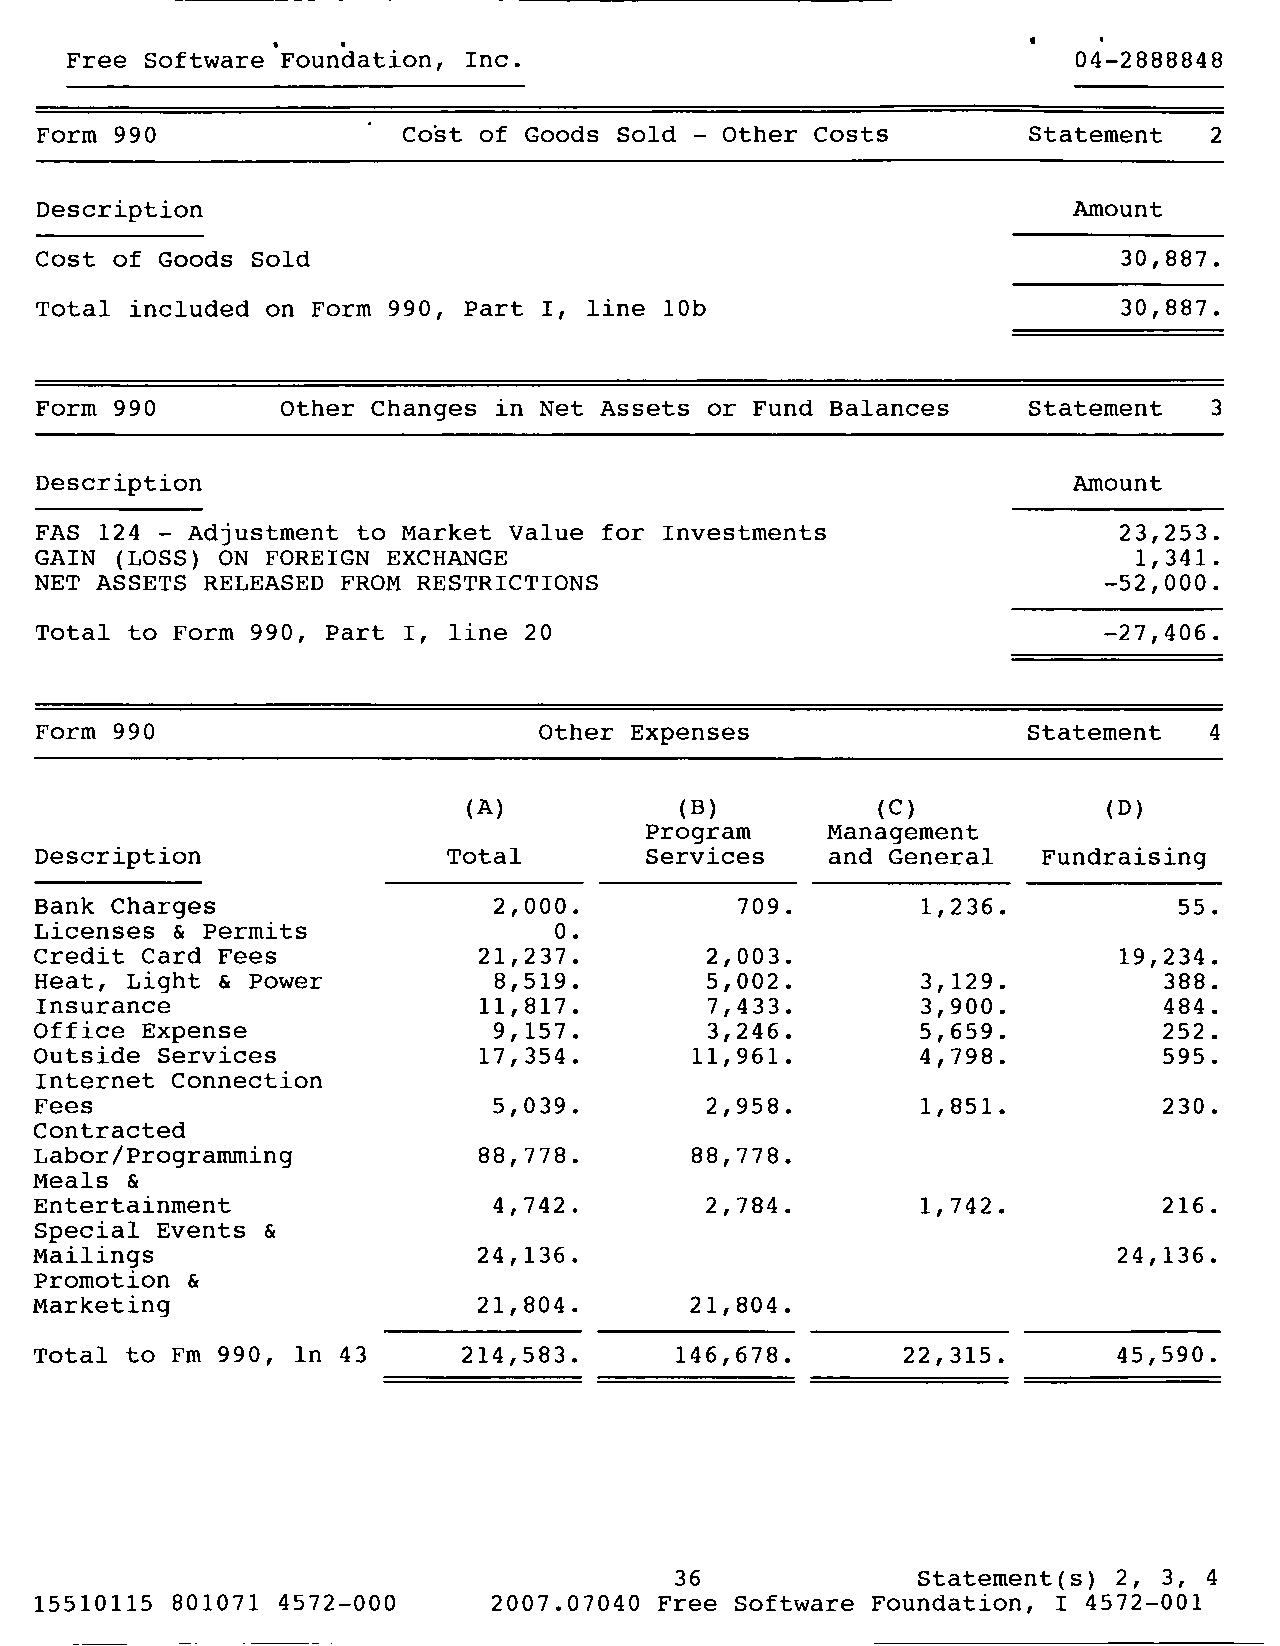
Free  Software Foundation, Inc.                                    04-2888848
 Form  990                Cost of Goods Sold - Other Costs         Statement   2
 Description                                                          Amount
 Cost  of Goods Sold                                                     30,887.
 Total  included on Form 990, Part I, line 10b                           30,887.
 Form  990        Other Changes in Net Assets or Fund Balances     Statement   3
 Description                                                          Amount
 FAS  124 - Adjustment to Market Value for Investments                   23,253.
 GAIN  (LOSS) ON FOREIGN EXCHANGE                                         1,341.
 NET ASSETS  RELEASED FROM RESTRICTIONS                                 -52,000.
 Total  to Form 990, Part I, line 20                                    -27,406.
 Form  990                         Other Expenses                  Statement   4
 (A)           (B)          (C)            (D)
 Program     Management
 Description                 Total        Services    and General   Fundraising
 Bank Charges                   2,000.          709.        1,236.           55.
 Licenses  & Permits                0.
 Credit Card Fees              21,237.        2,003.                     19,234.
 Heat, Light  & Power           8,519.        5,002.        3,129.          388.
 Insurance                     11,817.        7,433.        3,900.          484.
 Office Expense                 9,157.        3,246.        5,659.          252.
 Outside Services              17,354.       11,961.        4,798.          595.
 Internet Connection
 Fees                           5,039.        2,958.        1,851.          230.
 Contracted
 Labor/Programming             88,778.       88,778.
 Meals &
 Entertainment                  4,742.        2,784.        1,742.          216.
 Special Events  &
 Mailings                      24,136.                                   24,136.
 Promotion &
 Marketing                     21,804.       21,804.
 Total to Fm 990,  In 43      214,583.      146,678.       22,315.       45,590.
 36              Statement(s) 2, 3, 4
 15510115 801071 4572-000       2007.07040 Free Software Foundation, 1 4572-001